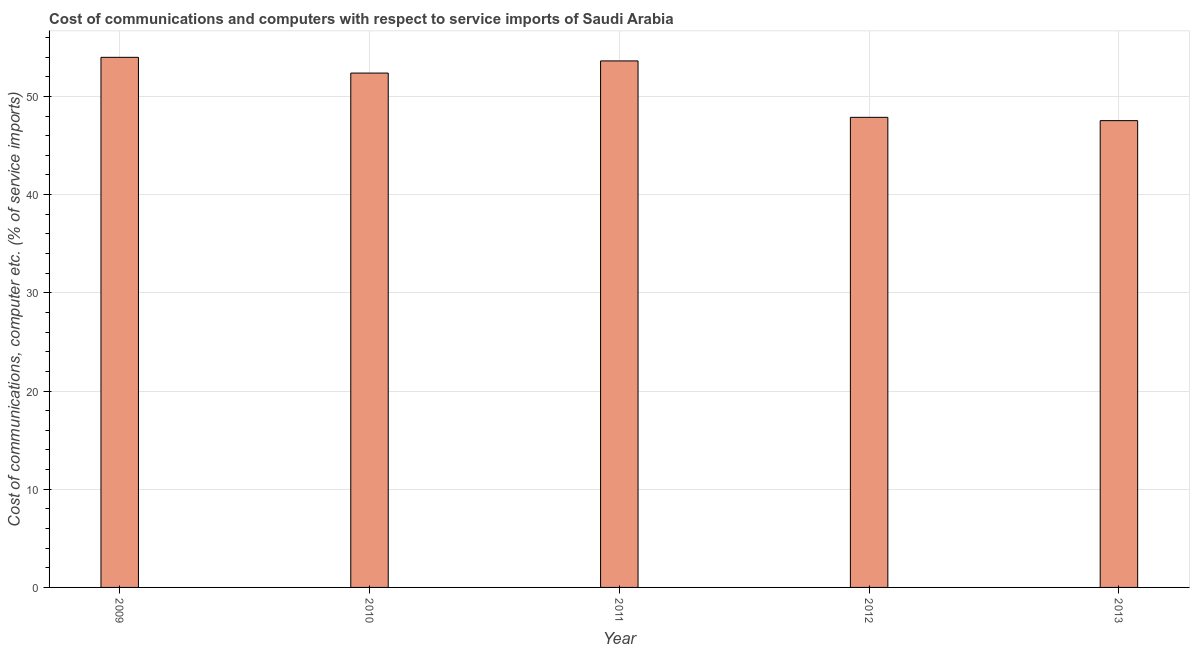
| Year | Communications |
 | --- | --- |
 | 2009 | 54 |
 | 2010 | 52.4 |
 | 2011 | 53.6 |
 | 2012 | 47.9 |
 | 2013 | 47.5 |